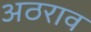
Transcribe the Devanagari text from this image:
अठराव